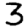
Digit: 3